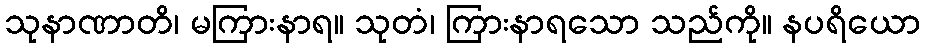
သုနာဏာတိ၊ မကြားနာရ။ သုတံ၊ ကြားနာရသော သည်ကို။ နပရိယော